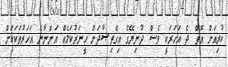
ކުރިއަށް އޮތް ދެ އަހަރަކީ ވެސް ދުނިޔޭގެ އިގްތިޞާދަށް ހީނަރުކަމެއް އަންނާނެ އަހަރުތަަކަކަށް